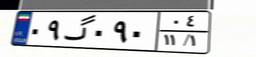
۰۹گ۰۹۰۰۴